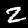
Label: 2